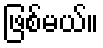
ဖြစ်မယ်။